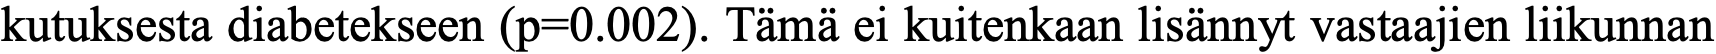
kutuksesta diabetekseen (p=0.002). Tämä ei kuitenkaan lisännyt vastaajien liikunnan